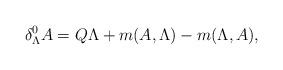
LaTeX: \begin{align*}\delta_\Lambda^0 A = Q\Lambda+m(A,\Lambda)-m(\Lambda,A),\end{align*}